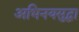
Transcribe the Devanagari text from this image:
अभिनयसुद्धा